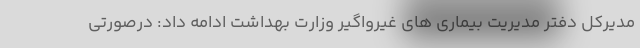
مدیرکل دفتر مدیریت بیماری های غیرواگیر وزارت بهداشت ادامه داد: درصورتی